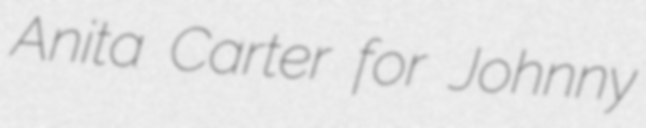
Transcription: Anita Carter for Johnny